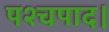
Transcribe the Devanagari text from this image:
पश्चपाद।